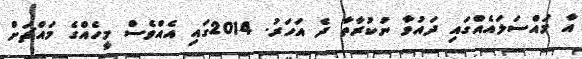
އާ މައްސަލައެއްގައި ދައުވާ ނުކުރާތާ ދެ އަހަރު. 2014ގައި އެއްވެސް މީހެއްގެ މައްޗަށް